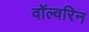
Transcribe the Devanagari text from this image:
वॉल्वरिन